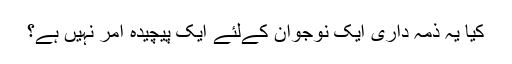
کیا یہ ذمہ دارى ایک نوجوان کےلئے ایک پیچیده امر نہیں ہے؟